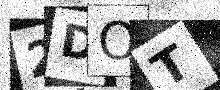
Text: 2DOT